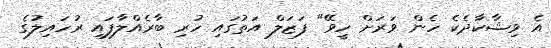
އެ ވިޝާކާދެކެ ހެން ވަރަށް ހީވޭ" ފަޒަލް އަތުގައި ހުރި ބާރެއްލާފައި ރުހައިލުގެ